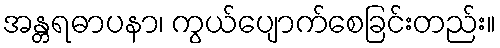
အန္တရဓာပနာ၊ ကွယ်ပျောက်စေခြင်းတည်း။